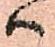
ハ